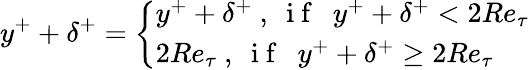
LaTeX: y^{+}+\delta^{+}=\left\{ \begin{array}{ll}{y^{+}+\delta^{+}~,~\mathrm{~i~f~}~~y^{+}+\delta^{+}<2Re_{\tau}}\\ {2Re_{\tau}~,~\mathrm{~i~f~}~~y^{+}+\delta^{+}\geq 2Re_{\tau}}\end{array}\right.